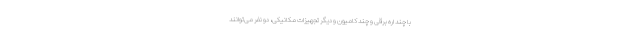
با چند اره برقی و چند کامیون و دیگر تجهیزات مکانیکی، دو نفر می‌توانند